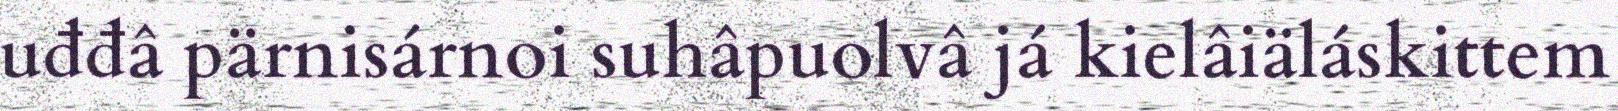
uđđâ pärnisárnoi suhâpuolvâ já kielâiäláskittem